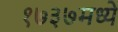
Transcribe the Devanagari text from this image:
१७३७मध्ये